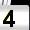
Digit: 4